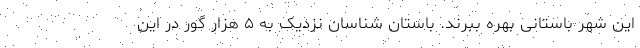
این شهر باستانی بهره ببرند. باستان شناسان نزدیک به ۵ هزار گور در این